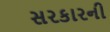
સરકારની